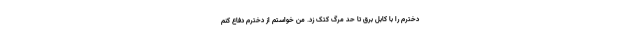
دخترم را با کابل برق تا حد مرگ کتک زد. من خواستم از دخترم دفاع کنم